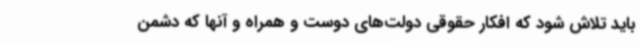
باید تلاش شود که افکار حقوقی دولت‌های دوست و همراه و آنها که دشمن